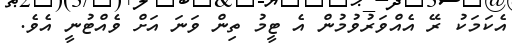
އެކަމަކު ރޭ އެއްވަރުވުމުން އެ ޓީމު ތިން ވަނަ އަށް ވެއްޓުނީ އެވެ.